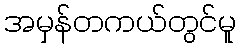
အမှန်တကယ်တွင်မူ